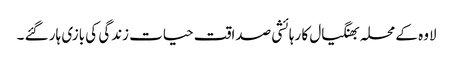
لاوہ کے محلہ بھنگیال کا رہائشی صداقت حیات زندگی کی بازی ہار گئے ۔